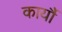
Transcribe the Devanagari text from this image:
कार्यौ